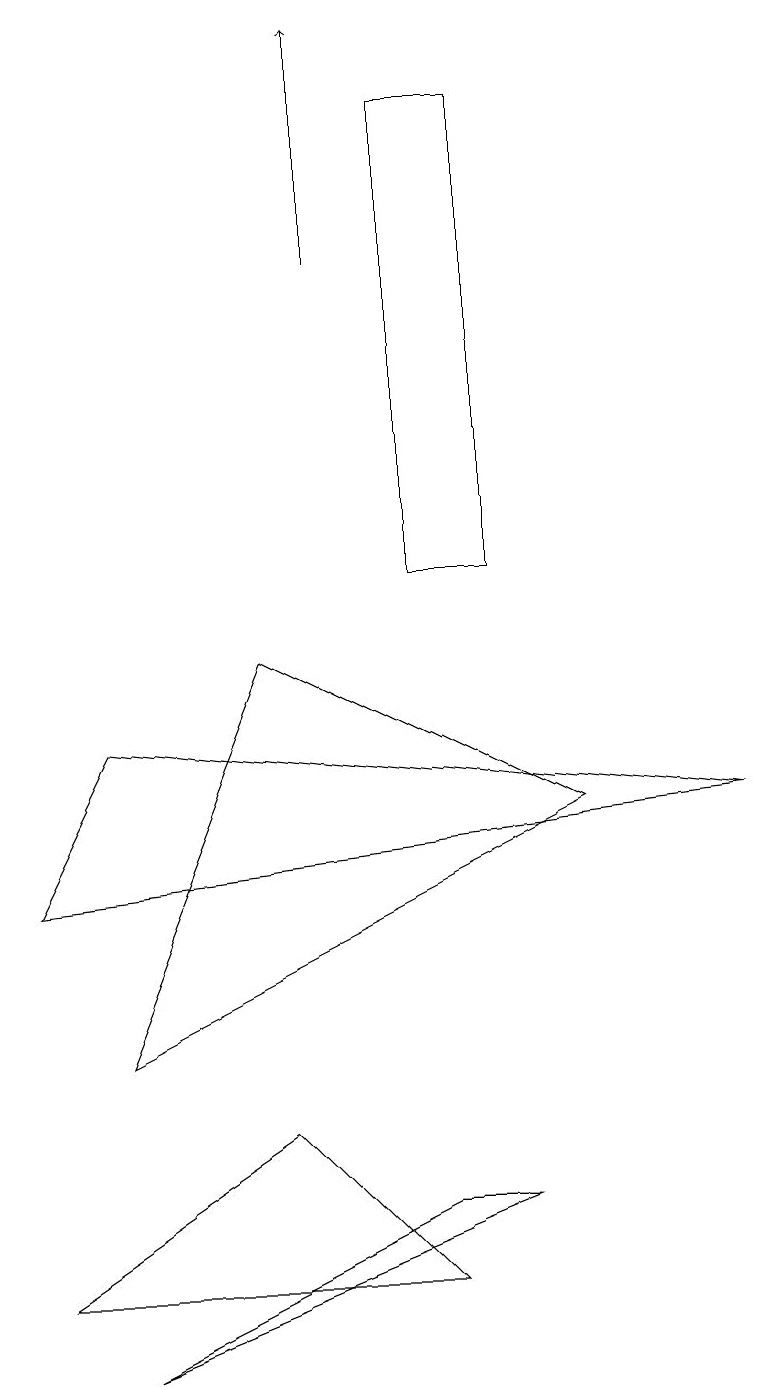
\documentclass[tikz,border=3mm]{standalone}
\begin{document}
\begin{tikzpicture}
\draw (1,0) -- (6,2) -- (5,2) -- cycle;
\draw (9,7) -- (1,8) -- (0,6) -- cycle;
\draw (6,10) rectangle (5,16);
\draw (0,1) -- (5,1) -- (3,3) -- cycle;
\draw[->] (4,14) -- (4,17);
\draw (1,4) -- (3,9) -- (7,7) -- cycle;
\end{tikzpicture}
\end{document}